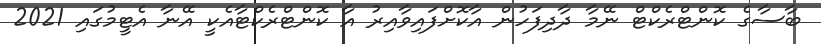
ބާސާގެ ކޮންޓްރެކްޓް ނޭމާ ދާދިފަހުން އާކޮށްފައިވާއިރު އާ ކޮންޓްރެކްޓާއެކީ އޭނާ އެޓީމުގައި 2021